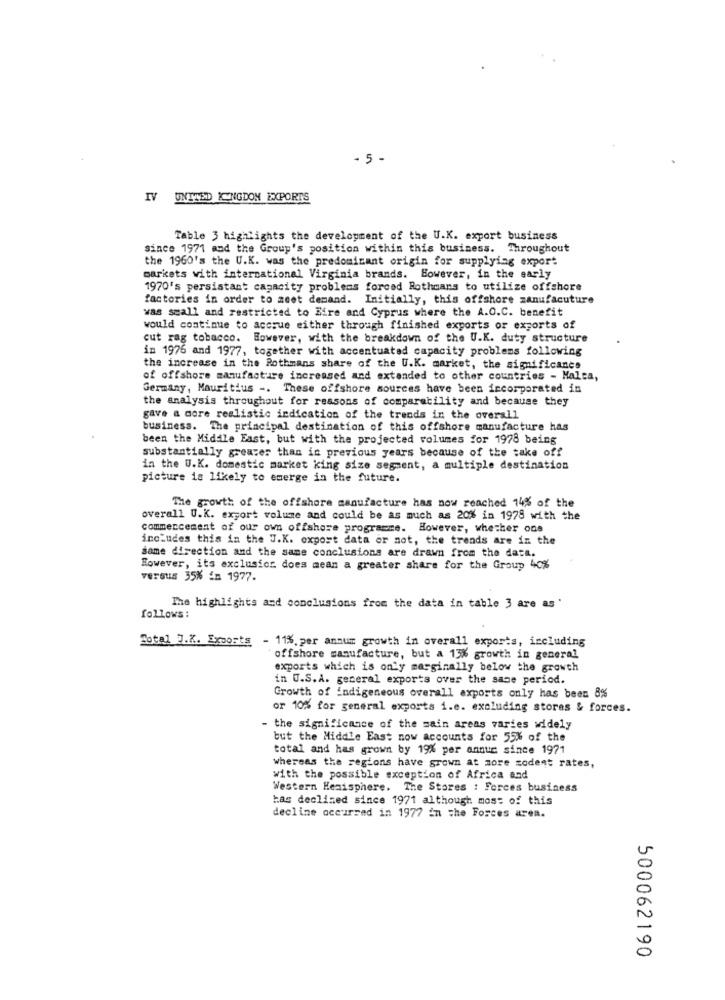
- 5 -
IV UNITED INGDOM EXPORTS
Table 3 highlights the development of the U.K. export business
since 1971 and the Group's position within this business. Throughout
the 1960's the U.K. was the predominant origin for supplying export
markets with international Virginia brands. However, in the early
1970's persistant capacity problems forced Rothmans to utilize offshore
factories in order to meet demand. Initially, this offshore zanufacuture
was seall and restricted to Eire and Cyprus where the A.O.C. benefit
would continue to accrue either through finished exports or exports of
cut rag tobacco. However, with the breakdown of the U.K. duty structure
in 1976 and 1977, together with accentuated capacity problems following
the increase in the Rothmans share of the U.K. market, the significance
of offshore manufacture increased and extended to other countries - Malca,
Germany, Mauritius -. These offshore sources have been incorporated in
the analysis throughout for reasons of comparability and because they
gave a more realistic indication of the trends in the overall
business. The principal destination of this offshore manufacture has
been the Middle East, but with the projected volumes for 1978 being
substantially greater than in previous years because of the take off
in the U.K. domestic market king size segment, a multiple destination
picture is likely to emerge in the future.
The growth of the offshore manufacture has now reached 14% of the
overall U.K. export volume and could be as much as 20% in 1978 with the
commencement of our own offshore programme. However, whether ons
includes this in the J.K. export data or not, the trends are in the
same direction and the same conclusions are drawn from the data.
However, its exclusior does mean a greater share for the Group 40%
versus 35% in 1977.
The highlights and conclusions from the data in table 3 are as '
follows:
Total J.K. Exposts - 11%. per annum growth in overall exports, including
offshore manufacture, but a 13% growth in general
exports which is only marginally below the growth
in U.S.A. general exports over the same period.
Growth of indigeneous overall exports only has been 8%
or 10% for general exports i.e. excluding stores & forces.
- the significance of the main areas varies widely
but the Middle East now accounts for 55% of the
total and has grown by 19% per annuc since 1971
whereas the regions have grown at more zodent rates,
with the possible exception of Africa and
Western Hemisphere. The Stores : Forces business
has declined since 1971 although most of this
decline occurred in 1977 in the Forces area.
500062190